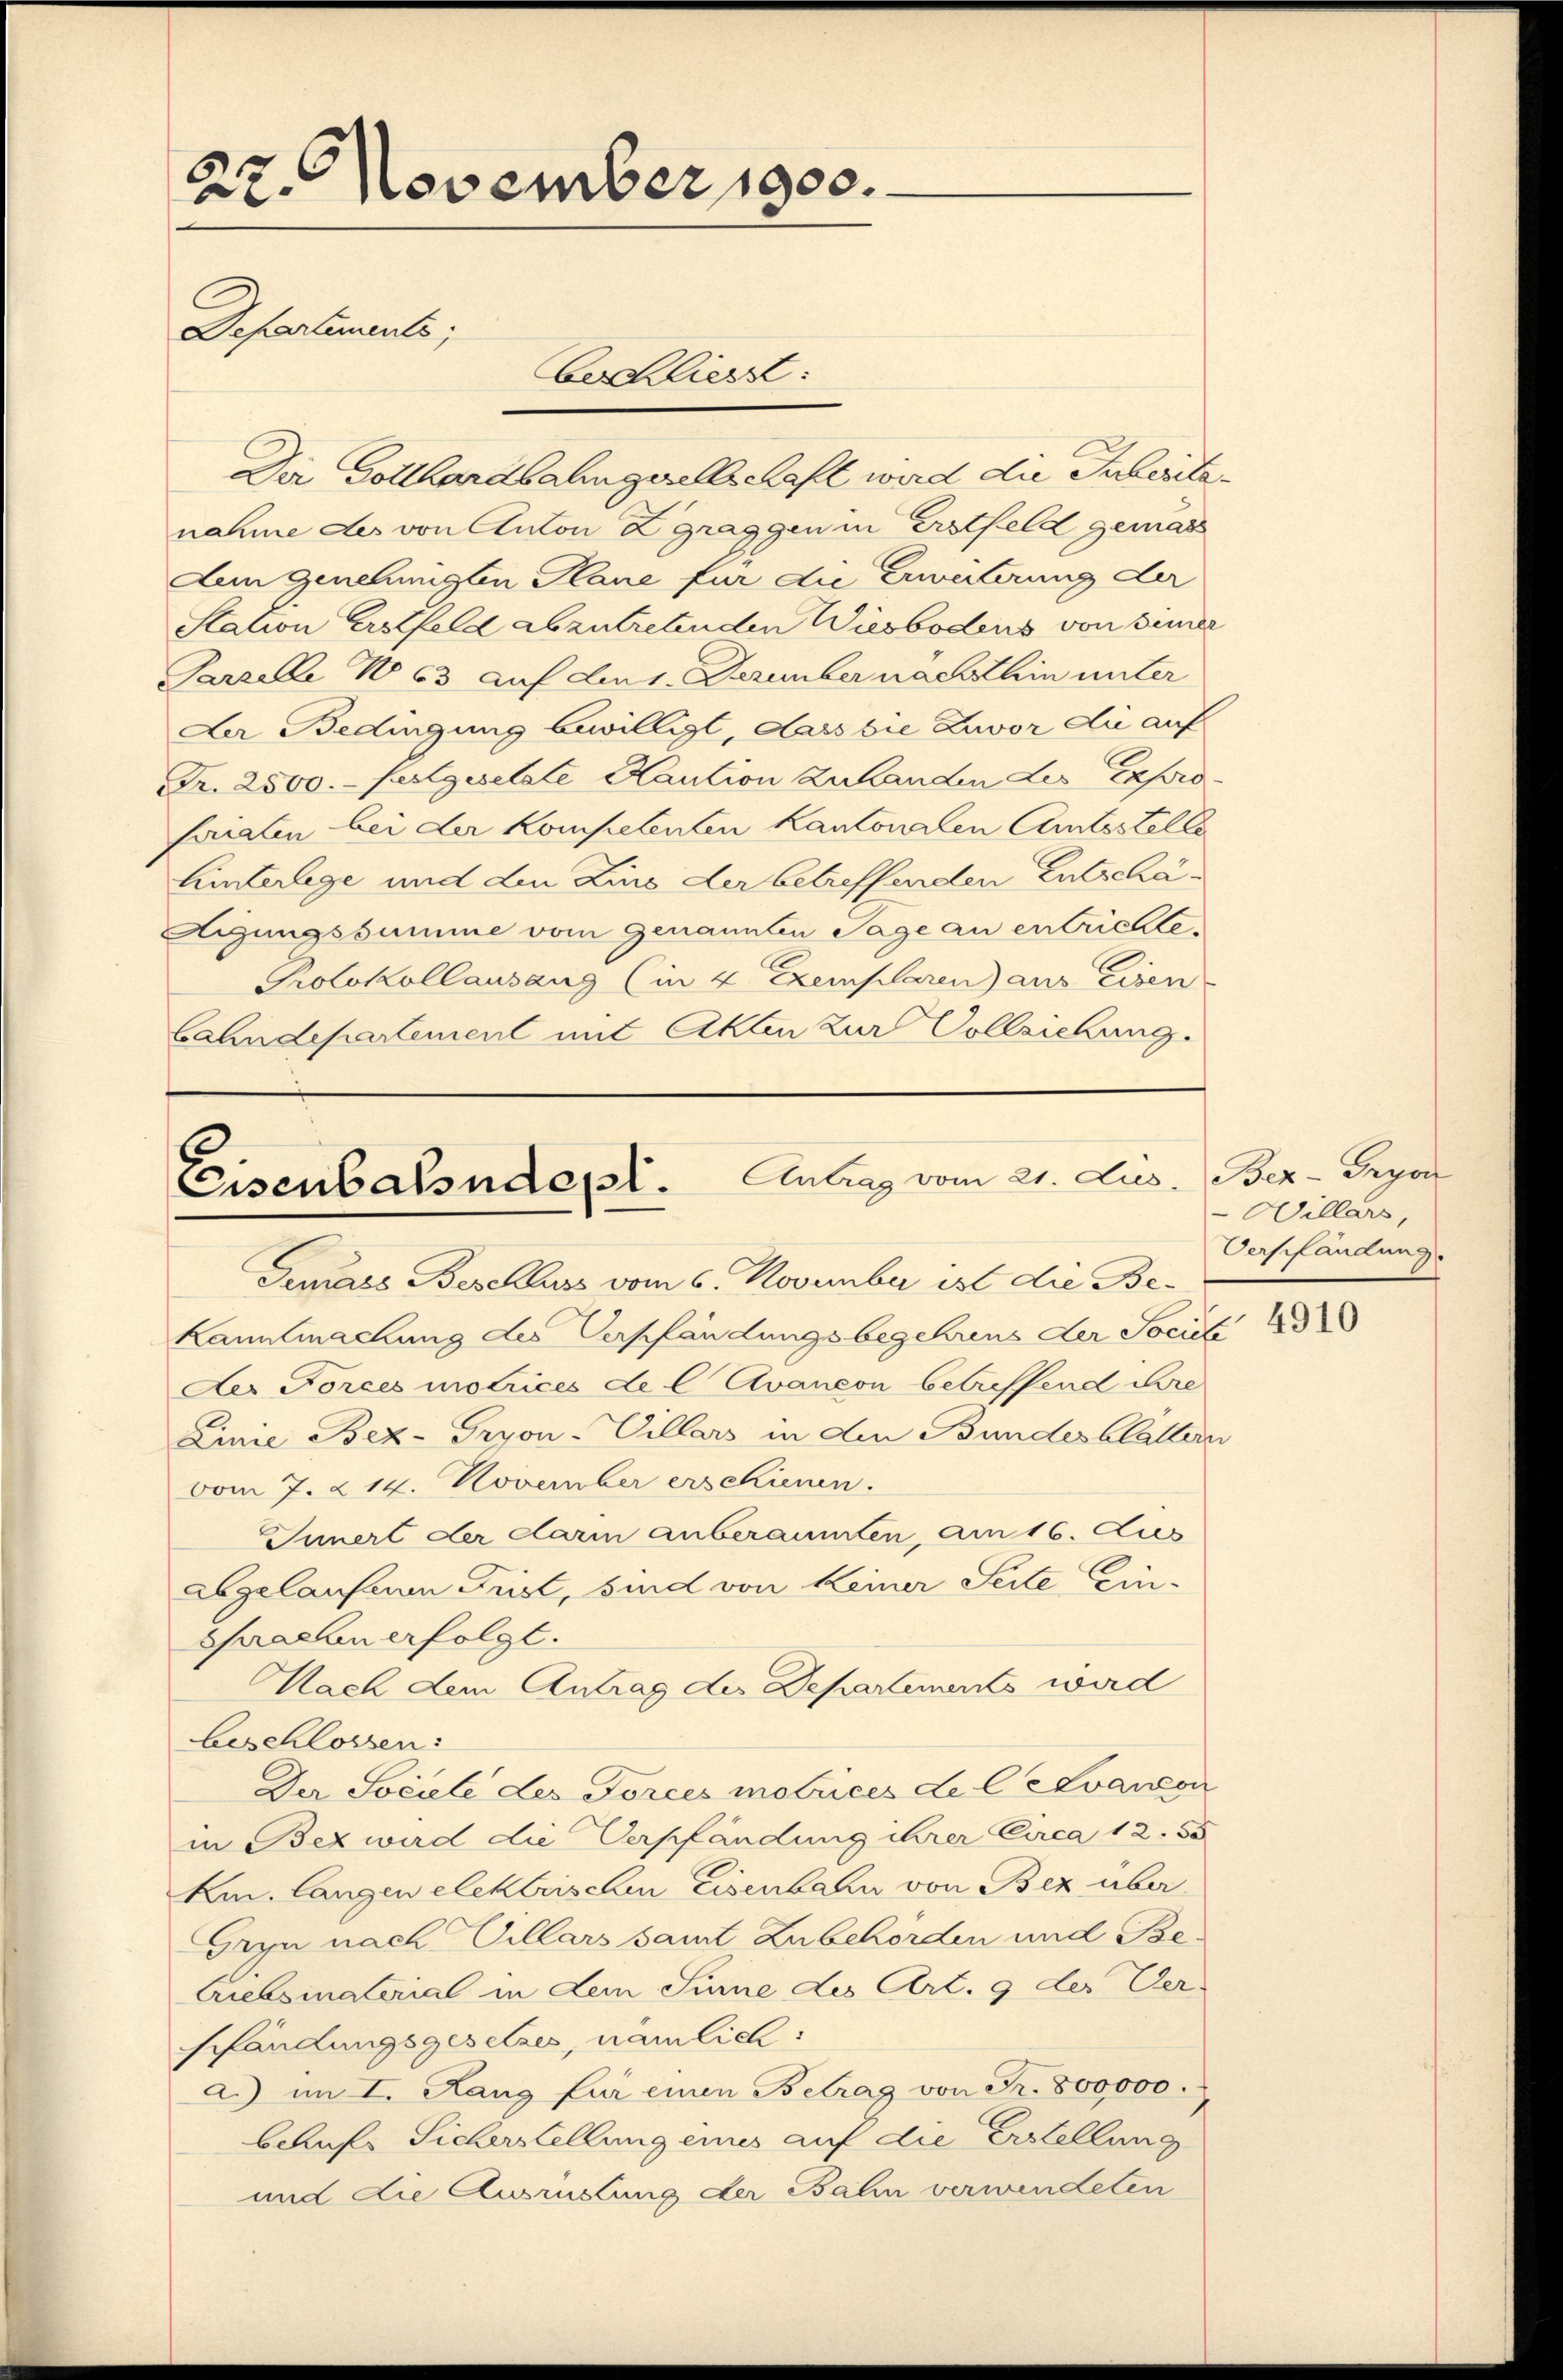
22. November 1900.
Departements;

beschliesst:

Der Gotthardbahngesellschaft wird die Puleitenahme des von Anton Zgraggen in Erstfeld gemac
Aen genehmigten Plane für die Erweiterung der
Station Erstfeld abzutretenden Wiesbodens von seiner
Parzelle No 63 auf den 1. Dezember nachthin unter
Der Bedingung bewilligt, dass die Zuvor die auf
Fr. 2500.- festgesetzte Kaution zu handen der Exproferialen bei der Kompetenten Kantonalen Cantsstelle
Hinterlege und den Zins der betreffenden Entschä¬
Aigungssumme vom Genannten Tage an entrichte¬
Protokollausang (in 4 Exemplaren) aus Eisen
Cahndepartement mit Akten zur Vollziehung.

Eisenbalsndept. Antrag vom 21. Jus
Gemass Beschluss vom 6. November ist die Be¬

Kanntmachung des Verpfändungsbegehrens der Societ
Der Forces motrices de l Avaneon betreffend dre
Linie Bez-Gryon-Villars in den Bundesblattern
vom 7. 214. November erschienen.
Innert der darin anberaumten, am 16. Aus
abgelaufenen Frist, sind von keiner Seite Ein¬
Maelen erfolgt.
Mach dem Antrag des Departements wird
beschlossen:
Der Sociele des Torces motrices de levancon
in Bezwird die Verpfändung ihrer Circa 12. 55
km. langen elektrischen Eisenbahn von Bez über¬
Gryn nach Villars samt Zubehörden und Betriebsinatorial in dem Sinne des Art. 9 der Ver-
schändungsgesetzes, nämlich:
a.) im I. Rang für einen Betrag von Fr. 800,000.
behufs Sicherstellung eines auf die Erstellung
und die Ausrüstung der Bahn verwendeten

Bez-Gryon
Willers,
Verpfändung.
4910